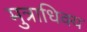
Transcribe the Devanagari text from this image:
मुत्राधिक्य